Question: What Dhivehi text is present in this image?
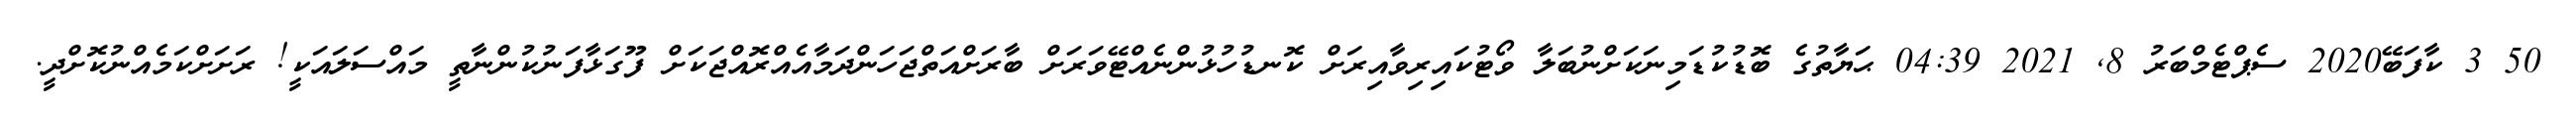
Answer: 50 3 ކާފަބޭ2020 ސެޕްޓެމްބަރު 8, 2021 04:39 ޙަޔާތުގެ ބޮޑުކުޑަމިނަކަށްނުބަލާ ވޯޓުކައިރިވާއިރަށް ކޮނޑުހުޅުންނެއްޓޭވަރަށް ބާރަށްއަތްޖަހަންދަމާއެއްރޮއްޖަކަށް ފޫގަޅާފަނުކުންނާތީ މައްސަލައަކީ! ރަށަށްކަމެއްނުކޮށްދީ.